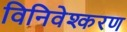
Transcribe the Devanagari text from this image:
विनिवेश्करण